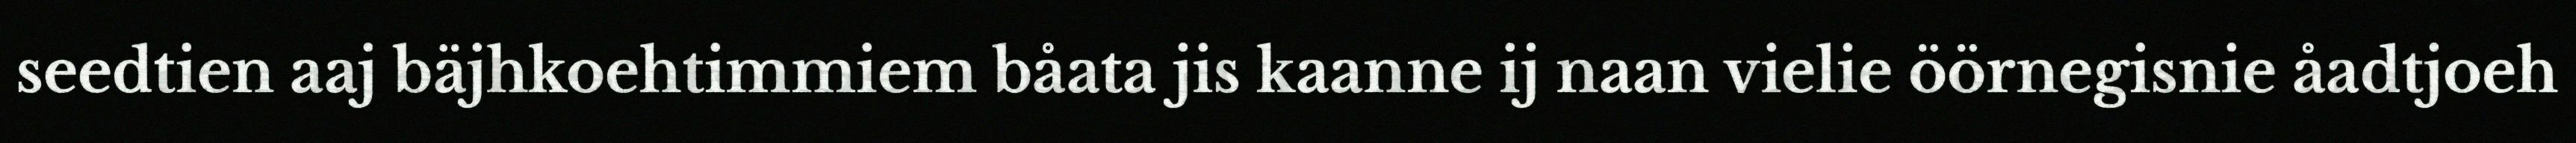
seedtien aaj bäjhkoehtimmiem båata jis kaanne ij naan vielie öörnegisnie åadtjoeh